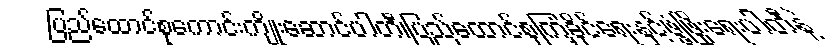
ပြည်ထောင်စုကောင်းကျိုးဆောင်ပါတီ၊ပြည်ထောင်စုကြံ့ခိုင်ရေးနှင့်ဖွံ့ဖြိုးရေးပါတီနဲ့